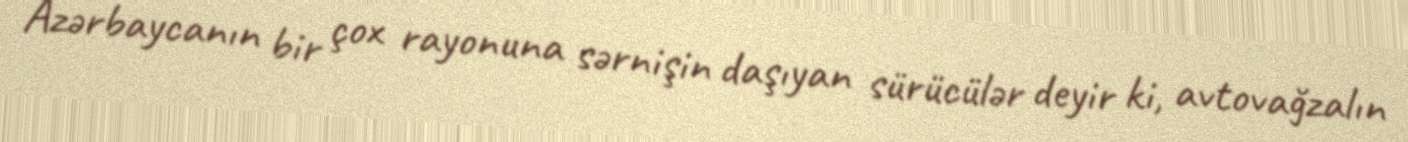
Azərbaycanın bir çox rayonuna sərnişin daşıyan sürücülər deyir ki, avtovağzalın